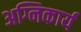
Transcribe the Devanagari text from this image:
अग्निकार्य